Annual report of lunatic asylums [Bombay] - 1912-1922
Year: 1912
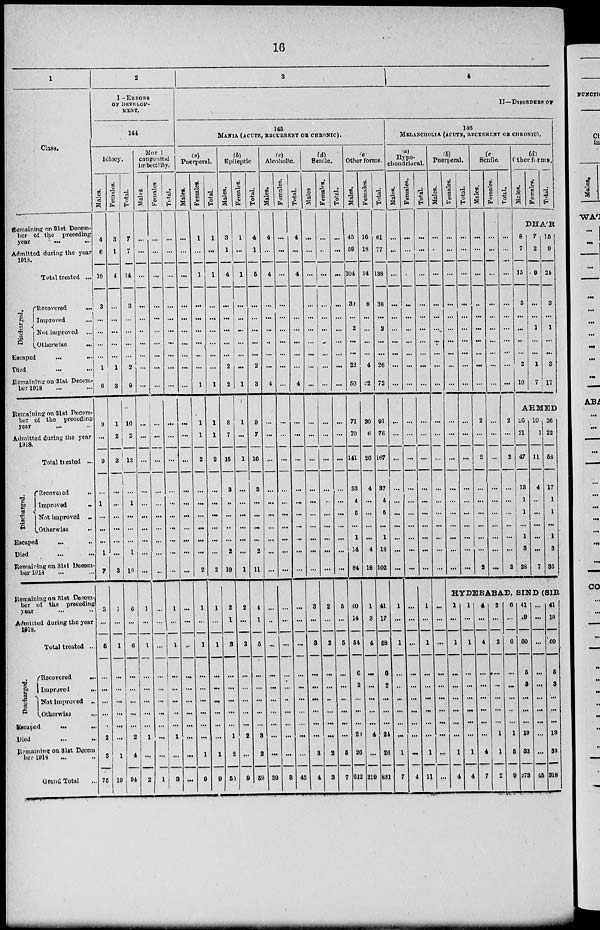
16
1
Class.
Remaining on 31st Decem-
ber of the preceding
year ... ...
Admitted during the year
1918.
Total treated ...
Discharged.
Recovered
...
Improved ...
Not improved ...
Otherwise
...
Escaped
...
...
Died ... ...
Remaining on 31st Decem-
ber 1918 ... ...
Remaining on 31st Decem-
ber of the preceding
year ... ...
Admitted during the year
1918.
Total treated ...
Discharged.
Recovered
...
Improved ...
Not improved ...
Otherwise ...
Escaped ... ...
Died ... ...
Remaining on 31st Decem-
ber 1918 ... ...
Remaining on 31st Decem-
ber of the preceding
year ... ...
Admitted during the year
1918.
Total treated ...
Discharged.
Recovered
...
Improved
...
Not improved ...
Otherwise
...
Escaped
...
...
Died
...
...
Remaining on 31st Decem
ber 1918 ... ...
Grand Total ...
2
I —ERRORS
OF DEVELOP-
MUNT.
144
Idiocy.
Males.
4
6
10
3
...
...
...
...
1
6
9
...
9
...
1
...
...
...
1
7
5
...
5
...
...
...
...
...
2
3
75
Females.
3
1
4
...
...
...
...
...
1
3
1
2
3
...
...
...
...
...
...
3
1
...
1
...
...
...
...
...
...
1
19
Total.
7
7
14
3
...
...
...
...
2
9
10
2
12
...
1
...
...
...
1
10
6
...
6
...
...
...
...
...
2
4
94
Moral
congenital
imbecility.
Males.
...
...
...
...
...
...
...
...
...
...
...
...
...
...
...
...
...
...
...
...
1
...
1
...
...
...
...
...
1
...
2
Females.
...
...
...
...
...
...
...
...
...
...
...
...
...
...
...
...
...
...
...
...
...
...
...
...
...
...
...
...
...
...
1
Total.
...
...
...
...
...
...
...
...
...
...
...
...
...
...
...
...
...
...
...
...
1
...
1
...
...
...
...
...
1
...
3
3
4
II—DISORDERS OF
145
MANIA (ACUTE, RECURRENT OR CHRONIC).
(a)
Puerperal.
Males.
...
...
...
...
...
...
...
...
...
...
...
...
...
...
...
...
...
...
...
...
...
...
...
...
...
...
...
...
...
...
...
Females.
1
...
1
...
...
...
...
...
...
1
1
1
2
...
...
...
...
...
...
2
1
...
1
...
...
...
...
...
...
1
9
Total
1
...
1
...
...
...
...
...
...
1
1
1
2
...
...
...
...
...
...
2
1
...
1
...
...
...
...
...
...
1
9
(b)
Epileptic
Males.
3
1
4
...
...
...
...
...
2
2
8
7
15
3
...
...
..
...
2
10
2
1
3
...
...
...
...
...
1
2
50
Females.
1
...
1
...
...
...
...
...
...
1
1
...
1
...
...
...
...
...
...
1
2
...
3
...
...
...
...
...
2
...
9
Total.
4
1
5
...
...
...
...
...
2
3
9
7
16
3
...
...
...
...
2
11
4
1
5
...
...
...
...
...
3
2
59
(c)
Alcoholic.
Males.
4
...
4
...
...
...
...
...
...
4
...
...
...
...
...
...
...
...
...
...
...
..
...
...
...
...
...
...
...
...
39
Females.
...
...
...
...
...
...
...
...
...
...
...
...
...
...
...
...
...
...
...
...
...
...
...
...
...
...
...
...
...
...
3
Total.
4
...
4
...
...
...
...
...
...
4
...
...
...
...
...
...
...
...
...
...
...
...
...
...
...
...
...
...
...
...
42
(d)
Senile.
Males
...
...
...
...
...
...
...
...
...
...
...
...
...
...
...
...
...
...
...
...
3
...
3
...
...
...
...
...
...
3
4
Females.
...
..
...
...
...
...
...
...
...
...
...
...
...
...
..
...
...
...
...
...
2
...
2
...
...
..
...
...
...
2
3
Total.
...
...
...
...
...
...
...
...
...
...
...
...
...
...
...
...
...
...
...
...
5
...
5
...
...
...
...
...
...
5
7
(e)
Other forms.
Males.
45
59
104
30
...
2
...
...
22
50
71
70
141
33
4
5
...
1
14
84
40
14
54
6
2
...
...
...
20
26
612
Females.
16
18
34
8
...
...
...
...
4
22
20
6
26
4
...
...
...
...
4
18
1
3
4
...
...
...
...
...
4
...
219
Total.
61
77
138
38
...
2
...
...
26
72
91
76
167
37
4
5
...
1
18
102
41
17
58
6
2
...
...
...
24
26
831
146
MELANCHOLIA (ACUTE, RECUURENT OR CHRONIC).
(a)
Hypo-
chondriacal.
Males.
...
...
...
...
...
...
...
...
...
...
...
...
...
...
...
...
...
...
...
...
1
...
1
...
...
...
...
...
...
1
7
Females.
...
...
...
...
...
...
...
...
...
...
...
...
...
...
...
...
...
...
...
...
...
...
...
...
...
...
...
...
...
...
4
Total.
...
...
...
...
...
...
...
...
...
...
...
...
...
...
...
...
...
...
...
...
1
...
1
...
...
...
...
...
...
1
11
(b)
Puerperal.
Males.
...
...
...
...
...
...
...
...
...
...
...
...
...
...
...
...
...
...
...
...
...
...
...
...
...
...
...
...
...
...
...
Females.
...
...
...
...
...
...
...
...
...
...
...
...
...
...
...
...
...
...
...
...
Total.
...
...
...
...
...
...
...
...
...
...
...
...
...
...
...
...
...
...
...
...
(c)
Senile.
Males.
...
...
...
...
...
...
...
...
...
...
2
...
2
...
...
...
...
...
...
2
Females.
...
...
...
...
...
...
...
...
...
...
...
...
...
...
...
...
...
...
...
...
Total.
...
...
...
...
...
...
...
...
...
...
2
...
2
...
...
...
...
...
...
2
(d)
Other forms.
Males.
Females.
Total.
DHA'R
8
7
15
3
...
...
...
...
2
10
7
2
9
...
...
1
...
...
1
7
15
9
24
3
...
1
...
...
3
17
AHMED
26
21
47
13
1
1
...
1
3
28
10
1
11
4
..
...
...
...
...
7
36
22
58
17
1
1
...
1
3
35
HYDERABAD, SIND (SIR
1
...
1
...
...
...
...
...
...
1
4
1
...
1
...
...
...
...
...
...
1
4
4
...
4
...
...
...
...
...
...
4
7
2
...
2
...
...
...
...
...
1
1
2
6
...
6
...
...
...
...
...
1
5
9
41
19
60
5
3
...
...
...
19
33
273
...
...
...
...
...
...
...
...
...
...
45
41
19
60
5
3
...
...
...
19
33
318